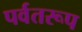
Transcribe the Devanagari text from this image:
पर्वतरूप